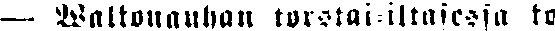
— Walkonauhan torstai-iltaisessa ko